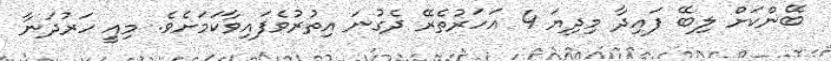
ބޭންކަށް ލިބޭ ފައިދާ މިދިޔަ 4 އަހަރުތެރޭ ދެގުނަ އިތުރުވެފައިވާކަމަށެވެ. މިއީ ހަރުދަނާ